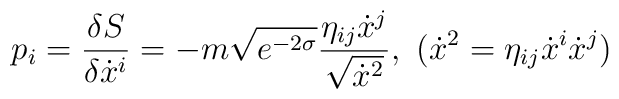
p_i=\frac{\delta S}{\delta \dot{x}^i}=-m\sqrt{e^{-2\sigma}}\frac{\eta_{ij}\dot{x}^j}{\sqrt{\dot{x}^2}},~(\dot{x}^2=\eta_{ij}\dot{x}^i\dot{x}^j)